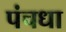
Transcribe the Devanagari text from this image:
पंचधा